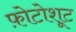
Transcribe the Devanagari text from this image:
फ़ोटोशूट